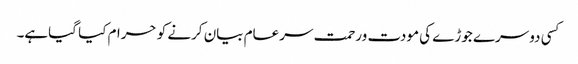
کسی دوسرے جوڑے کی مودت ورحمت سرعام بیان کرنے کو حرام کیا گیاہے۔